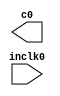
module nand2tetris_pll (
	inclk0,
	c0);

	input	  inclk0;
	output	  c0;

endmodule